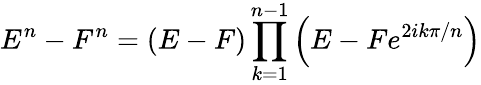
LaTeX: E^{n}-F^{n}=(E-F)\prod_{k=1}^{n-1}\left(E-Fe^{2ik\pi/n}\right)